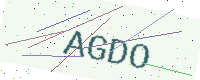
Text: AGDO